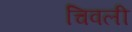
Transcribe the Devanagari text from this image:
चिवली